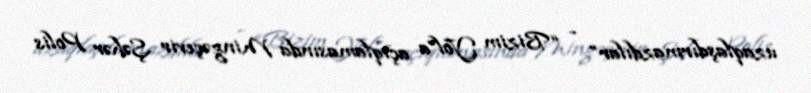
uzaqlaşdırmazdılar” - “Bizim Yol”a açıqlamasında Mingəçevir Şəhər Polis